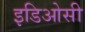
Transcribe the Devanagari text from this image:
इडिओसी